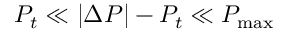
P _ { t } \ll | \Delta P | - P _ { t } \ll P _ { \operatorname* { m a x } }